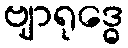
ဗျာရုဒ္ဓေ